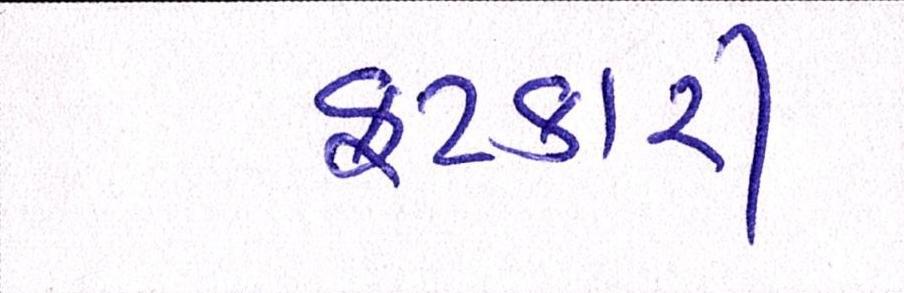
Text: ફટકારી